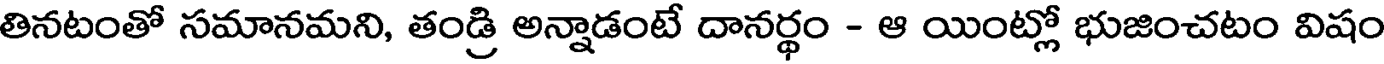
తినటంతో సమానమని, తండ్రి అన్నాడంటే దానర్థం - ఆ యింట్లో భుజించటం విషం